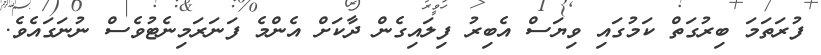
ފުރަތަމަ ބިރުގަތް ކަމުގައި ވިޔަސް އެބިރު ފިލައިގެން ދާކަށް އެންމެ ފަނަރަމިނެޓުވެސް ނުނަގައެވެ.